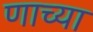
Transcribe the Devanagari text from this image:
णाच्या